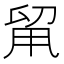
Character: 𠝈